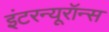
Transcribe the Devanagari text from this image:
इंटरन्यूरॉन्स